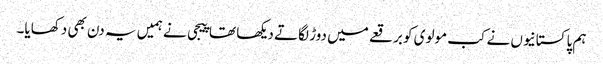
ہم پاکستانیوں نے کب مولوی کو برقعے میں دوڑ لگاتے دیکھا تھا پیجی نے ہمیں یہ دن بھی دکھایا۔